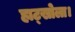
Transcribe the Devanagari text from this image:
हाट्खोला।